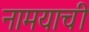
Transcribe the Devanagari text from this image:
नामयाची